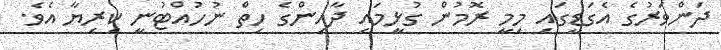
ދަންވަރުގެ އެގަޑީގައި މިމީ ރޮމުން ގުޅީމައި ދާއިންގެ ހިތް ނުހުއްޓުނީ ކިރިޔާ އެވެ.